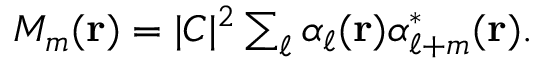
\begin{array} { r } { M _ { m } ( { \bf r } ) = | C | ^ { 2 } \sum _ { \ell } \alpha _ { \ell } ( { \bf r } ) \alpha _ { \ell + m } ^ { * } ( { \bf r } ) . } \end{array}